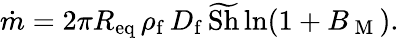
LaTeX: \dot{m}=2\pi R_{\mathrm{eq}}\, \rho_{\mathrm{f}}\, D_{\mathrm{f}}\, \widetilde{\textup{Sh}}\ln(1+B_{\mathrm{~M~}}).